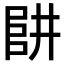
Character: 𠁲